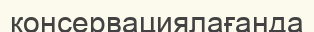
консервациялағанда